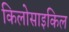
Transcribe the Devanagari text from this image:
किलोसाइकिल